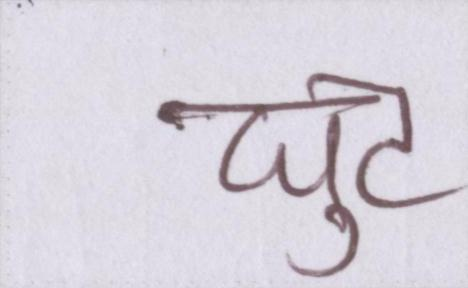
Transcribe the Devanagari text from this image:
घुट